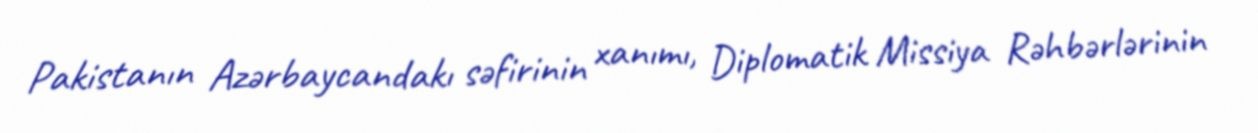
Pakistanın Azərbaycandakı səfirinin xanımı, Diplomatik Missiya Rəhbərlərinin